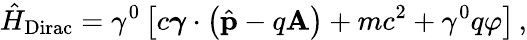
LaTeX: {\hat{H}}_{\mathrm{Dirac}}=\gamma^{0}\left[c{\boldsymbol{\gamma}}\cdot\left({\hat{\mathbf{p}}}-q\mathbf{A}\right)+mc^{2}+\gamma^{0}q\varphi\right]\, ,